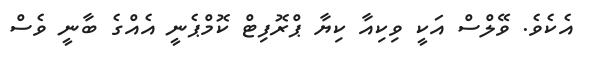
އެކެވެ. ވޭލްސް އަކީ ވިކިއާ ކިޔާ ޕްރޮފިޓް ކޮމްޕެނީ އެއްގެ ބާނީ ވެސް